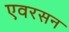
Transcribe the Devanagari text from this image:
एवरसन